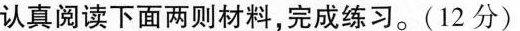
认真阅读下面两则材料，完成练习。(12分)